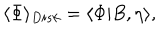
LaTeX: \langle \Phi \rangle _ { D i s k } = \langle \Phi | B , \eta \rangle ,